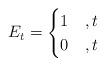
LaTeX: \begin{align*}E_t=\begin{cases}1&,t\\0&,t\end{cases}\end{align*}